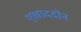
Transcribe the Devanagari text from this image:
एखाददोन